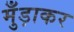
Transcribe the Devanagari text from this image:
मुँड़ाकर